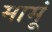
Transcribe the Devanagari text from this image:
मामूं